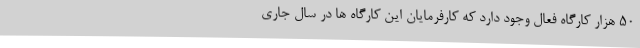
50 هزار کارگاه فعال وجود دارد که کارفرمایان این کارگاه ها در سال جاری